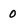
Character: 0